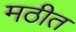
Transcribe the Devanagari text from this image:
मठीत